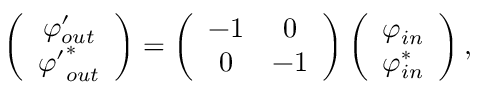
\left( \begin{array} { c c } { { { \varphi } _ { o u t } ^ { \prime } } } \\ { { { { \varphi } ^ { \prime } } _ { o u t } ^ { * } } } \end{array} \right) = \left( \begin{array} { c c } { { - 1 } } & { { 0 } } \\ { { 0 } } & { { - 1 } } \end{array} \right) \left( \begin{array} { c c } { { \varphi _ { i n } } } \\ { { \varphi _ { i n } ^ { * } } } \end{array} \right) ,